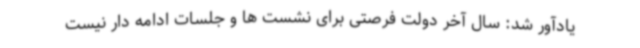
یادآور شد: سال آخر دولت فرصتی برای نشست ها و جلسات ادامه دار نیست